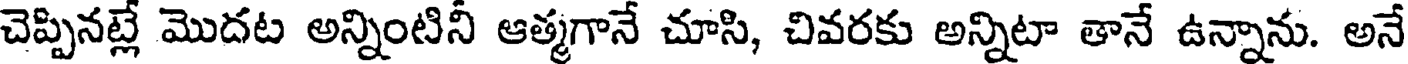
చెప్పినట్లే మొదట అన్నింటినీ ఆత్మగానే చూసి, చివరకు అన్నిటా తానే ఉన్నాను. అనే